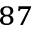
^ { 8 7 }